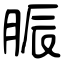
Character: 脤